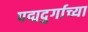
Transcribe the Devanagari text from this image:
पद्मदुर्गाच्या